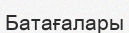
Батағалары